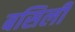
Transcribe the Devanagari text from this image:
बसिली